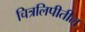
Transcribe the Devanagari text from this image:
चित्रलिपीतील